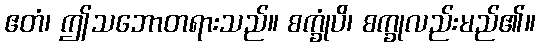
ဧတံ၊ ဤသဘောတရားသည်။ စက္ခုံပိ၊ စက္ခုလည်းမည်၏။